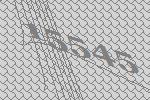
15545